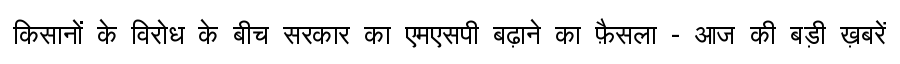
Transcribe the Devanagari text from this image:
किसानों के विरोध के बीच सरकार का एमएसपी बढ़ाने का फ़ैसला - आज की बड़ी ख़बरें